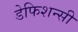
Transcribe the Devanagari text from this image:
डेफिशन्सी